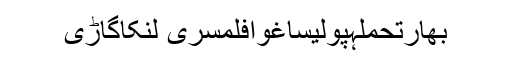
بھارتحملہپولیساغوافلمسری لنکاگاڑی